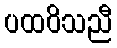
ပထဝိသညီ